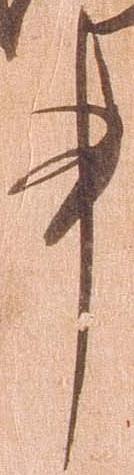
事